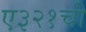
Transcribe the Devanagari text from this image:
ए३२१ची